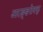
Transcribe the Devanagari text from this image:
अरङ्ङतेक्कु